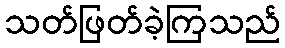
သတ်ဖြတ်ခဲ့ကြသည်